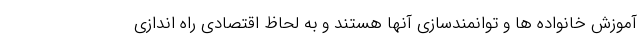
آموزش خانواده ها و توانمندسازی آنها هستند و به لحاظ اقتصادی راه اندازی